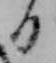
日